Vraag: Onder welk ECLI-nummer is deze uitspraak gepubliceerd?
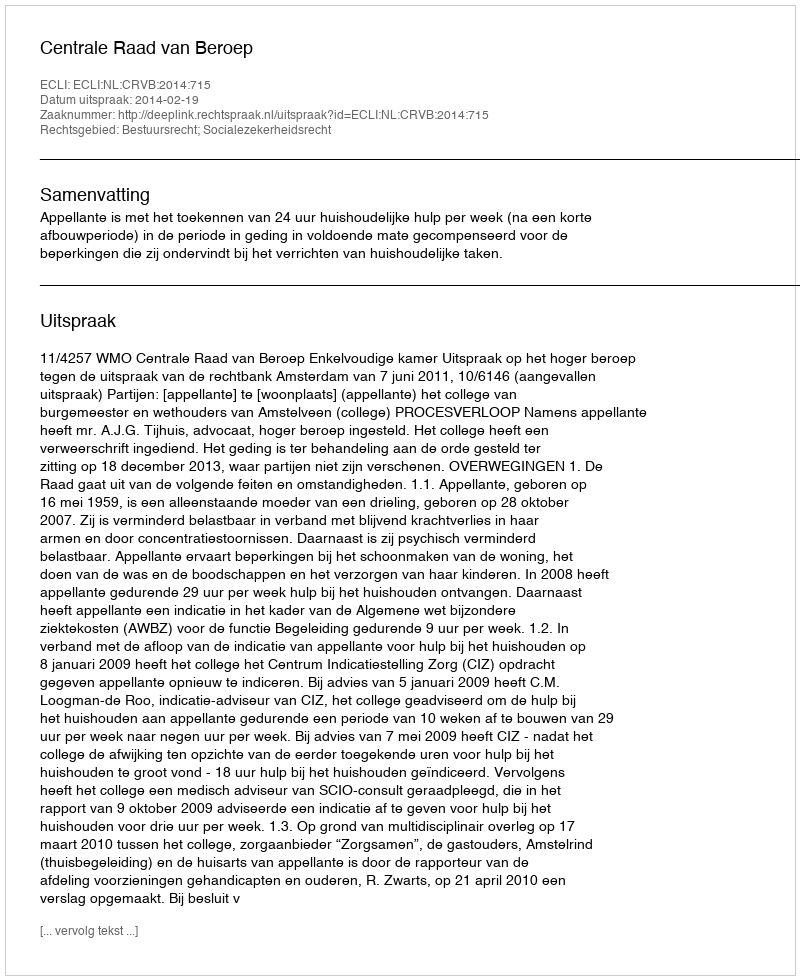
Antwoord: ECLI:NL:CRVB:2014:715